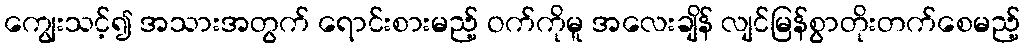
ကျွေးသင့်၍ အသားအတွက် ရောင်းစားမည့် ဝက်ကိုမူ အလေးချိန် လျင်မြန်စွာတိုးတက်စေမည့်